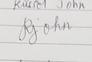
Signature authenticity: genuine